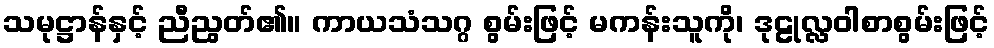
သမုဋ္ဌာန်နှင့် ညီညွတ်၏။ ကာယသံသဂ္ဂ စွမ်းဖြင့် မကန်းသူကို၊ ဒုဠုလ္လဝါစာစွမ်းဖြင့်